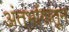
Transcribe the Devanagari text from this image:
अंतर्भागातून